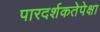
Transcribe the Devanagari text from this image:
पारदर्शकतेपेक्षा